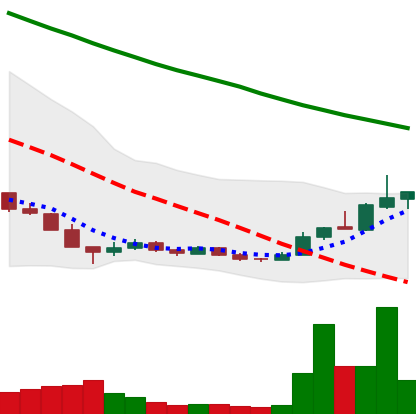
Ticker: ADA-USD
Chart end date: 2018-12-22
Forward return: -12.057%
Label: down_7plus